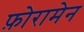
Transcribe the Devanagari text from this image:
फ़ोरामेन